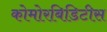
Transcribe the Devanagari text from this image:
कोमोरबिडिटीस